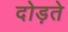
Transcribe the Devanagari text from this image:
दोड़ते